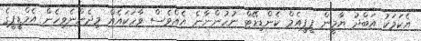
އެކަމަކު އަބްދު ޔާމީން ޕީޕީއެމް ކެންޑިޑޭޓް ނުހުންނާނެ އެއްވެސް ވާހަކައެއް މިދެންނެވިހެން އެމްޑީޕީގެ